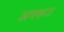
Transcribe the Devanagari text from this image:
अपरूट